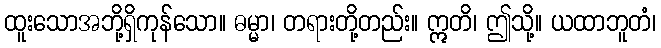
ထူးသောအဘို့ရှိကုန်သော။ ဓမ္မာ၊ တရားတို့တည်း။ ဣတိ၊ ဤသို့။ ယထာဘူတံ၊